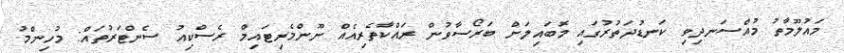
މައުލޫމާތު މުއްސަނދިވި ކަނޑުދަތުރުގައި މޮބައިލަށް ބަރޯސާވުން ރައްކާތެރިއެއް ނޫންމެރިޓައިމް ރެސްކިއު ސެންޓަރުތައް: މުހިންމު